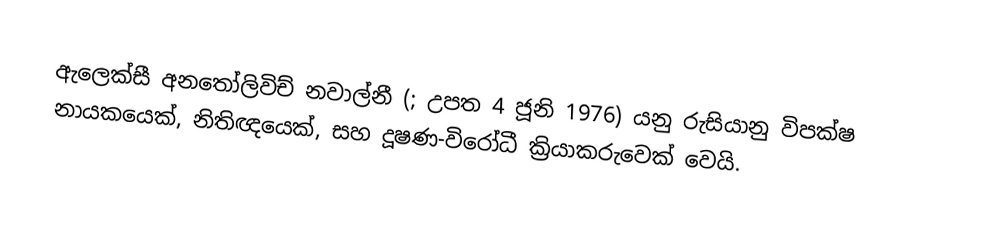
ඇලෙක්සී  අනතෝලිවිච් නවාල්නී (; උපත 4 ජූනි 1976) යනු  රුසියානු විපක්ෂ නායකයෙක්, නිතිඥයෙක්, සහ දූෂණ-විරෝධී ක්‍රියාකරුවෙක් වෙයි.